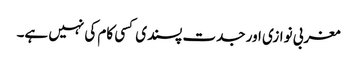
مغربی نوازی اور جدت پسندی کسی کام کی نہیں ہے۔